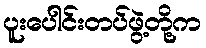
ပူးပေါင်းတပ်ဖွဲ့တို့က